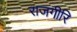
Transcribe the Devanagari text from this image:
राजगीरि